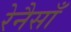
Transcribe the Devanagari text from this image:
रेनैसाँ